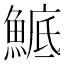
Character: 鯳